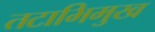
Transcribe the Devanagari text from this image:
तटाभिमुख